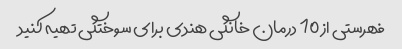
فهرستی از 10 درمان خانگی هندی برای سوختگی تهیه کنید